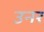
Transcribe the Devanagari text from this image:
उनर